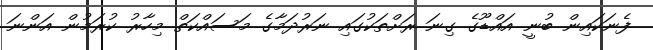
ފެނަކައިން ބުނީ އައްޑޫގެ ގިނަ ރަށްތަކުގައި ނަރުދަމާގެ މަސައްކަތް މިހާރު ކުރަމުން އަންނަ